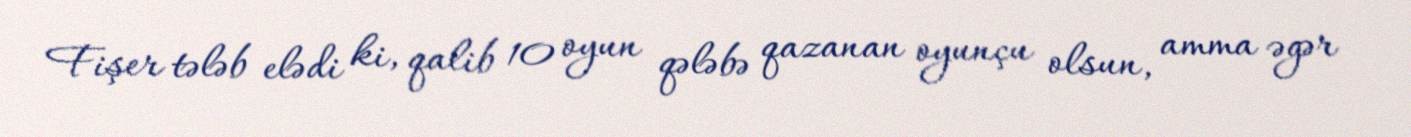
Fişer tələb elədi ki, qalib 10 oyun qələbə qazanan oyunçu olsun, amma əgər